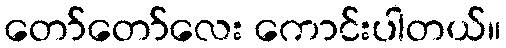
တော်တော်လေး ကောင်းပါတယ်။